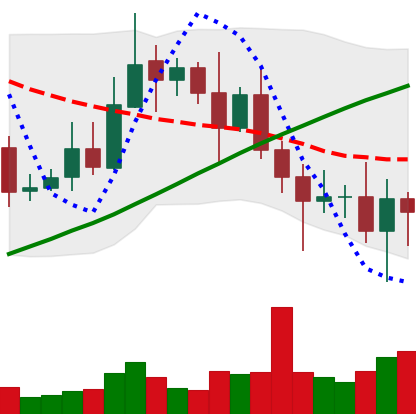
Ticker: XRP-USD
Chart end date: 2020-11-04
Forward return: 5.448%
Label: up_5_7